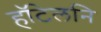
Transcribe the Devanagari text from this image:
हॉटेलनि